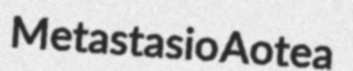
Metastasio Aotea